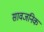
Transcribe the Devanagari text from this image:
सावजनिक